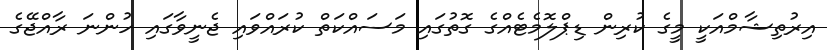
އިރުތިޝާމްއަކީ މީގެ ކުރިން ޑިޕްލޮމެޓެއްގެ ގޮތުގައި މަސައްކަތް ކުރައްވައި ޖެނީވާގައި ހުންނަ ރާއްޖޭގެ